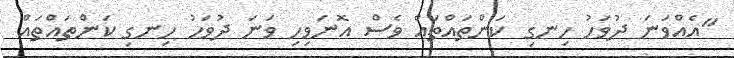
"އެއްވަނަ ދުވަހު ހިނގި ކަންތައްތައް ވެސް އޮނަވިހި ވަނަ ދުވަހު ހިނގި ކަންތައްތައް